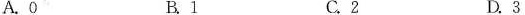
A. 0 B. 1 C. 2 D. 3